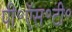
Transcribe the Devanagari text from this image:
पी॰ऍस॰टी॰